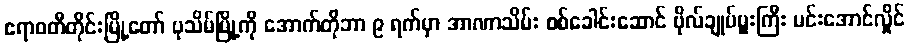
ဧရာဝတီတိုင်းမြို့တော် ပုသိမ်မြို့ကို အောက်တိုဘာ ၉ ရက်မှာ အာဏာသိမ်း စစ်ခေါင်းဆောင် ဗိုလ်ချုပ်မှူးကြီး မင်းအောင်လှိုင်